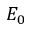
E _ { 0 }